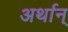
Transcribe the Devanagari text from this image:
अर्थान्